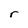
Character: r